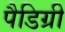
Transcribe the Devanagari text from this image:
पैडिग्री